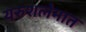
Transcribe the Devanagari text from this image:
यरुशलेमात